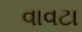
વાવટા